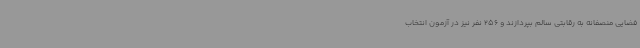
فضایی منصفانه به رقابتی سالم بپردازند و 256 نفر نیز در آزمون انتخاب